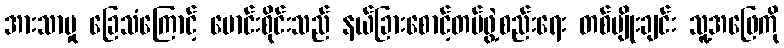
အားသာမှု ခြေသံကြောင့် မောင်းစိုင်းသည် နယ်ခြားစောင့်တပ်ဖွဲ့စည်းရေး တစ်မျိုးချင်း သူ့အဖြေကို